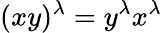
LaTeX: (xy)^{\lambda}=y^{\lambda}x^{\lambda}